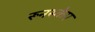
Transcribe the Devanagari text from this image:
रूनस्केप